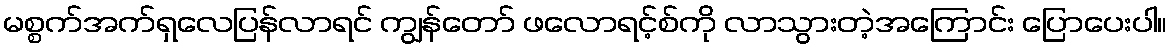
မစ္စက်အက်ရှလေပြန်လာရင် ကျွန်တော် ဖလောရင့်စ်ကို လာသွားတဲ့အကြောင်း ပြောပေးပါ။